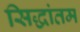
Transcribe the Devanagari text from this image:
सिद्धांतम